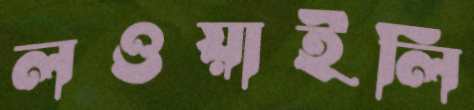
লওয়াইলি